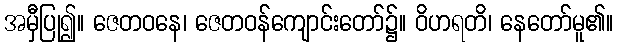
အမှီပြု၍။ ဇေတဝနေ၊ ဇေတဝန်ကျောင်းတော်၌။ ဝိဟရတိ၊ နေတော်မူ၏။